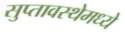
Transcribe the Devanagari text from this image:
सुप्‍तावस्थेमध्ये